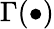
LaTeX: \Gamma(\bullet)